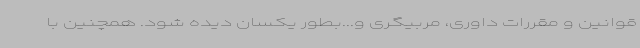
قوانین و مقررات داوری، مربیگری و...بطور یکسان دیده شود. همچنین با